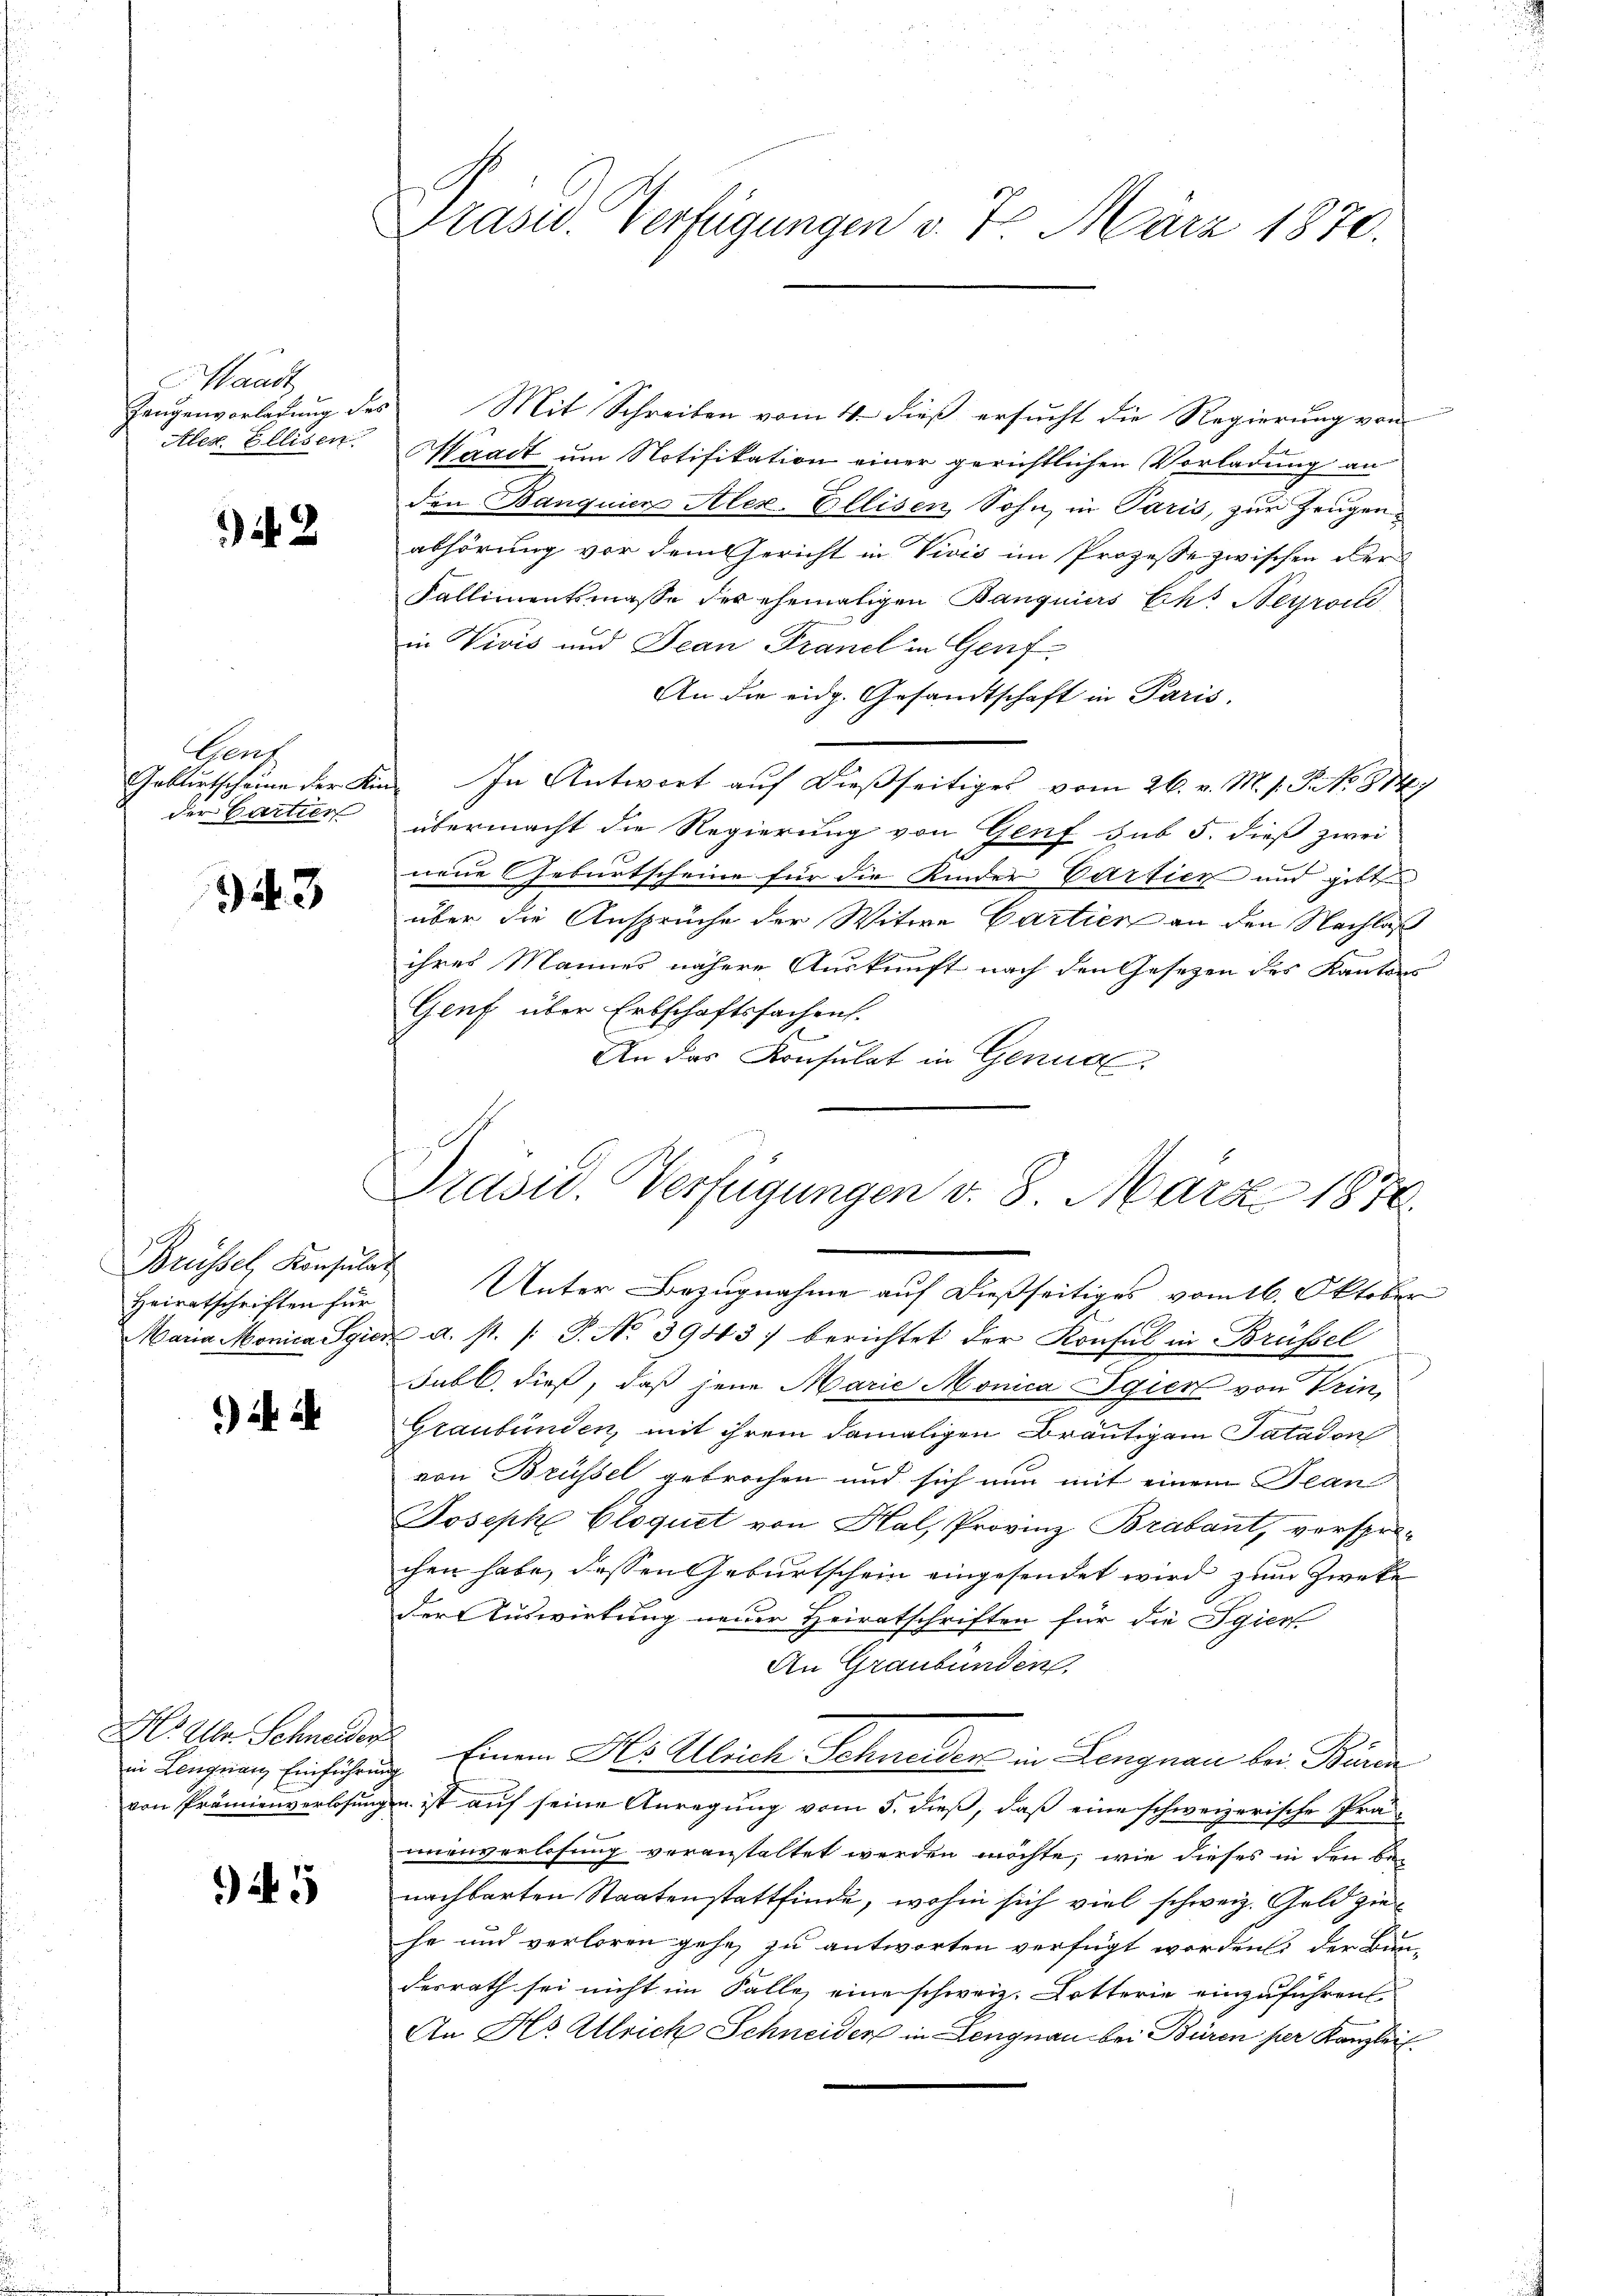
Waadt,
Zaugenvorlegung des
Aler. Ellisen.

42

Gent
Gablirtscheine der Kin
der Partier

43

Brüssel, Konsulat
Heiratschriften für

) ih

Hr. Aber Schneider
in Lengnau Einführung

945

Präsid. Verfügungen v. 7. März 1872.

Mit Schreiben vom 4. dieß ersucht die Regierung von
Er
Waadt um Notifikation einer gerichtlichen Vorladung an
den Banquier Alex-Ellisen, Sohn in Paris, zur Zeugenabhörung vor dem Gericht in Vivis im Prozesse zwischen der¬
Fallimentsmasse des ehemaligen Banquiers Eht Neyroi
in Vivis und Jean Franch in Genf
An die eidg. Gesandtschaft in Paris.
 In Antwort auf dießseitiges vom 26. v. M. s. S. No. 814
übermacht die Regierung von Genf sub 5. dieß zwei
neue Geburtscheine für die Kinder Partien und gibt
über die Ansprüche der Witwe Cartien an den Nachlaß
ihres Mannes nähere Auskunft nach den Gesetzen des Kantons
Genf über Erbschaftssachen.
An das Konsulat in Genug,

Präsid. Verfügungen v. 8. März 1870.
Unter Bezugnahme auf dießseitiges vom 16. Oktober

Maria Monica Sgier d. st. /: P. No 3943) berichtet der Konsul in Brüssel
Subl., dieß, daß jene Marie Monica Sgier von Prin-
Graubünden, mit ihrem damaligen Bräutigem Tatadon
von Brüssel gebrochen und sich nun mit einem Jean
Joseph Cloquet von Hal, Provinz Brabant, verspro-
chen habe, dessen Geburtschein eingesendet wird zum Zwecke
der Auswirtung neuer Heiratschriften für die Jgiert
An Graubünden.
Einem Hs. Alleich Schneiden in Lengnau bei Bürde
von Prämienverlosungen ist auf seine Anregung vom 5. dieß, daß eine schweizerische Prä-
unenverlosung veranstaltet werden möchte, wie dieses in den benachbarten Staatenstattfinde, wohin sich viel schweiz. Geld zie
he und verloren gehe, zu antworten verfügt worden; der Bau-
desrath sei nicht im Falle eine schweiz. Dotterie einzuführen
An Hs. Ulrich Schneider in Lengnau bei Büren per Kanzlei